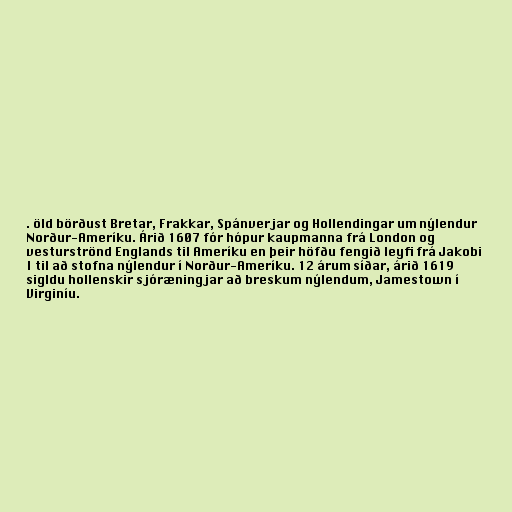
. öld börðust Bretar, Frakkar, Spánverjar og Hollendingar um nýlendur
Norður-Ameríku. Árið 1607 fór hópur kaupmanna frá London og
vesturströnd Englands til Ameríku en þeir höfðu fengið leyfi frá Jakobi
I til að stofna nýlendur í Norður-Ameríku. 12 árum síðar, árið 1619
sigldu hollenskir sjóræningjar að breskum nýlendum, Jamestown í
Virginíu.